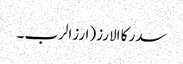
سدر کا الارز (ارزالرب ۔